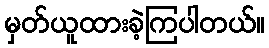
မှတ်ယူထားခဲ့ကြပါတယ်။